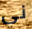
ني